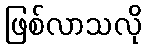
ဖြစ်လာသလို